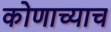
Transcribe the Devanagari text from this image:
कोणाच्याच